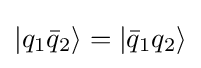
|q_{1}{\bar {q}}_{2}\rangle =|{\bar {q}}_{1}q_{2}\rangle